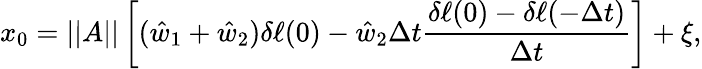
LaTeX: x_{0}=||A||\left[(\hat{w}_{1}+\hat{w}_{2})\delta\ell(0)-\hat{w}_{2}\Delta t\frac{\delta\ell(0)-\delta\ell(-\Delta t)}{\Delta t}\right]+\xi,